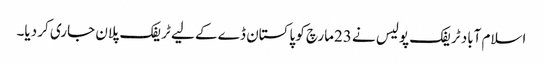
اسلام آباد ٹریفک پولیس نے 23مارچ کو پاکستان ڈے کے لیے ٹریفک پلان جاری کر دیا۔